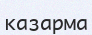
казарма